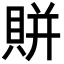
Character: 賆